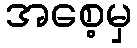
အစေ့မှ